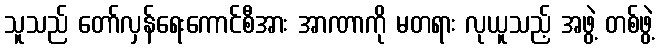
သူသည် တော်လှန်ရေးကောင်စီအား အာဏာကို မတရား လုယူသည့် အဖွဲ့ တစ်ဖွဲ့